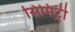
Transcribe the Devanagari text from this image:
सिमिट्री